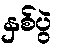
နှစ်ပွဲ